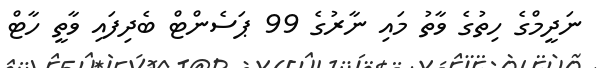
ނަދީމްގެ ހިތުގެ ވާތު މައި ނާރުގެ 99 ޕަސެންޓް ބެދިފައި ވާތީ ހާޓް